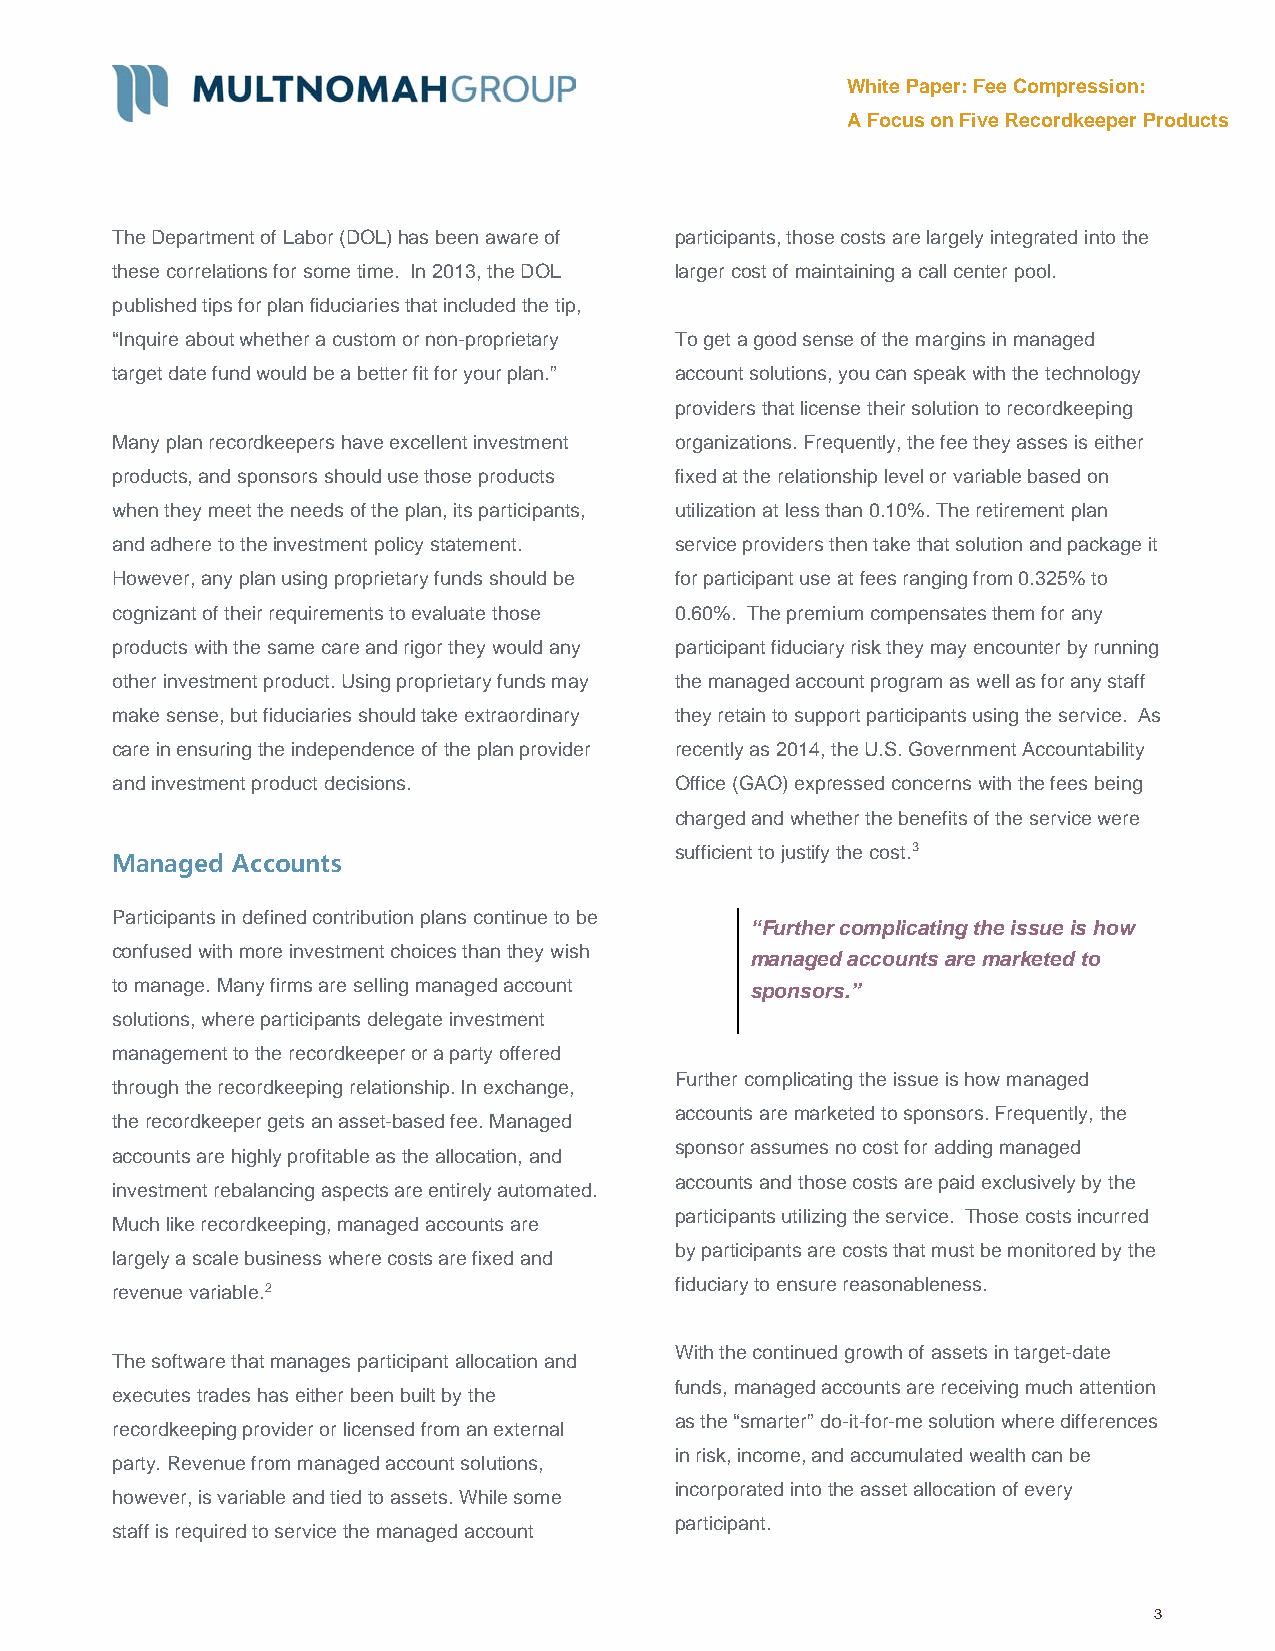
White Paper: Fee Compression:
 A Focus on Five Recordkeeper Products
 The Department of Labor (DOL) has been aware of participants, those costs are largely integrated into the
 these correlations for some time. In 2013, the DOL larger cost of maintaining a call center pool.
 published tips for plan fiduciaries that included the tip,
 “Inquire about whether a custom or non-proprietary To get a good sense of the margins in managed
 target date fund would be a better fit for your plan.” account solutions, you can speak with the technology
 providers that license their solution to recordkeeping
 Many plan recordkeepers have excellent investment organizations. Frequently, the fee they asses is either
 products, and sponsors should use those products fixed at the relationship level or variable based on
 when they meet the needs of the plan, its participants, utilization at less than 0.10%. The retirement plan
 and adhere to the investment policy statement. service providers then take that solution and package it
 However, any plan using proprietary funds should be for participant use at fees ranging from 0.325% to
 cognizant of their requirements to evaluate those 0.60%. The premium compensates them for any
 products with the same care and rigor they would any participant fiduciary risk they may encounter by running
 other investment product. Using proprietary funds may the managed account program as well as for any staff
 make sense, but fiduciaries should take extraordinary they retain to support participants using the service. As
 care in ensuring the independence of the plan provider recently as 2014, the U.S. Government Accountability
 and investment product decisions.     Office (GAO) expressed concerns with the fees being
 charged and whether the benefits of the service were
 sufficient to justify the cost.3
 Managed Accounts
 Participants in defined contribution plans continue to be
 “Further complicating the issue is how
 confused with more investment choices than they wish
 managed accounts are marketed to
 to manage. Many firms are selling managed account sponsors.”
 solutions, where participants delegate investment
 management to the recordkeeper or a party offered
 Further complicating the issue is how managed
 through the recordkeeping relationship. In exchange,
 accounts are marketed to sponsors. Frequently, the
 the recordkeeper gets an asset-based fee. Managed
 sponsor assumes no cost for adding managed
 accounts are highly profitable as the allocation, and
 accounts and those costs are paid exclusively by the
 investment rebalancing aspects are entirely automated.
 participants utilizing the service. Those costs incurred
 Much like recordkeeping, managed accounts are
 by participants are costs that must be monitored by the
 largely a scale business where costs are fixed and
 revenue variable.2                    fiduciary to ensure reasonableness.
 With the continued growth of assets in target-date
 The software that manages participant allocation and
 funds, managed accounts are receiving much attention
 executes trades has either been built by the
 as the “smarter” do-it-for-me solution where differences
 recordkeeping provider or licensed from an external
 in risk, income, and accumulated wealth can be
 party. Revenue from managed account solutions,
 incorporated into the asset allocation of every
 however, is variable and tied to assets. While some
 participant.
 staff is required to service the managed account
 3